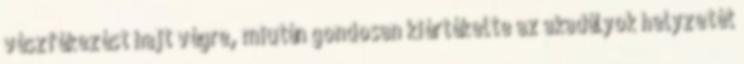
vészfékezést hajt végre, miután gondosan kiértékelte az akadályok helyzetét